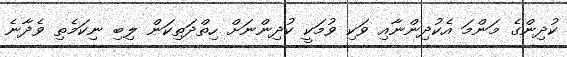
ކުދިންގެ މަންމަ އެކުދިންނާއި ވަކި ވުމަކީ ކުދިންނަށް ހިތްދަތިކަން ލިބި ނިކަމެތި ވެދާނެ